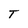
Character: T